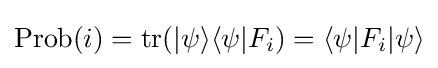
{\text{Prob}}(i)=\operatorname {tr} (|\psi \rangle \langle \psi |F_{i})=\langle \psi |F_{i}|\psi \rangle